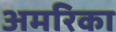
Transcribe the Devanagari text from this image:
अमरिका